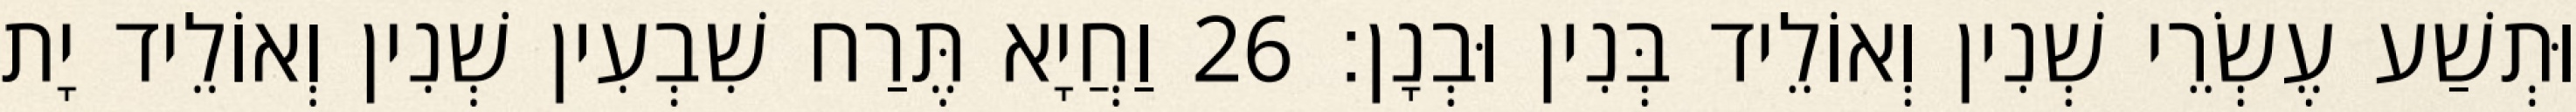
וּתְשַׁע עֶשְׂרֵי שְׁנִין וְאוֹלֵיד בְּנִין וּבְנָן׃ 26 וַחֲיָא תֶּרַח שִׁבְעִין שְׁנִין וְאוֹלֵיד יָת